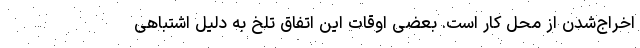
اخراج‌شدن از محل کار است. بعضی اوقات این اتفاق تلخ به دلیل اشتباهی